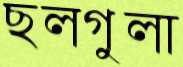
ছলগুলা